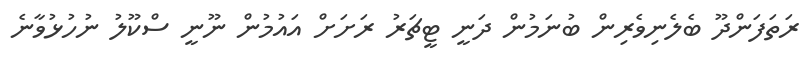
ރަތަފަންދޫ ބެލެނިވެރިން ބުނަމުން ދަނީ ޓީޗަރު ރަށަށް އައުމުން ނޫނީ ސްކޫލު ނުހުޅުވާނެ